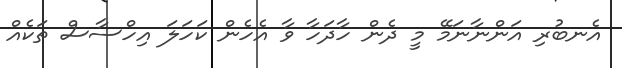
އެނބުރި އަންނާނަމޭ މީ ދެން ހާދަހާ ވާ އެހެން ކަހަލަ އިހްސާސް ތަކެއް